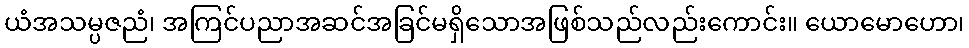
ယံအသမ္ပဇညံ၊ အကြင်ပညာအဆင်အခြင်မရှိသောအဖြစ်သည်လည်းကောင်း။ ယောမောဟော၊